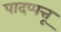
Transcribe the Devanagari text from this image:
पादप्पत्तू